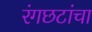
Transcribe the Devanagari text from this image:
रंगछटांचा